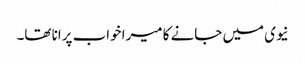
نیوی میں جانے کا میرا خواب پرانا تھا۔